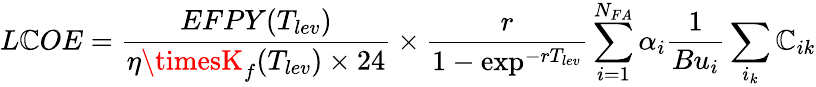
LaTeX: L\mathbb{C}OE=\frac{{EFPY(T_{lev})}}{{\eta\timesK_{f}(T_{lev})\times24}}\times\frac{{r}}{{1-\exp^{-rT_{lev}}}}\sum_{i=1}^{N_{FA}}\alpha_{i}\frac{{1}}{{Bu_{i}}}\sum_{i_{k}}\mathbb{C}_{ik}